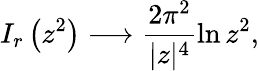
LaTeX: I_{r}\left(z^{2}\right)\longrightarrow\frac{2\pi^{2}}{|z|^{4}}\ln z^{2},